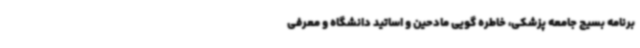
برنامه بسیج جامعه پزشکی، خاطره گویی مادحین و اساتید دانشگاه و معرفی